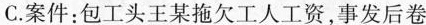
C.案件：包工头王某拖欠工人工资，事发后卷